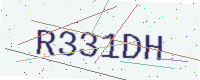
Text: R331DH